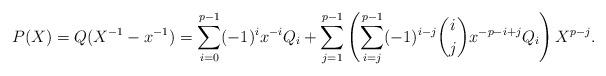
LaTeX: \begin{align*}P(X)=Q(X^{-1}-x^{-1})=\sum_{i=0}^{p-1}(-1)^ix^{-i}Q_i+\sum_{j=1}^{p-1}\left(\sum_{i=j}^{p-1}(-1)^{i-j}{i\choose j}x^{-p-i+j}Q_i\right)X^{p-j}.\end{align*}